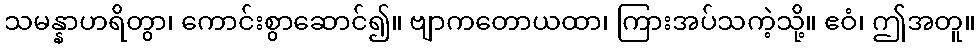
သမန္နာဟရိတွာ၊ ကောင်းစွာဆောင်၍။ ဗျာကတောယထာ၊ ကြားအပ်သကဲ့သို့။ ဧဝံ၊ ဤအတူ။